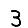
Digit: 3